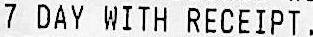
7 DAY WITH RECEIPT.